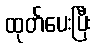
ထုတ်ပေးပြီး